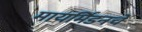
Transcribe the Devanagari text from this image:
मायर्मिडनचे